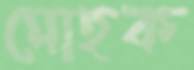
মোহক